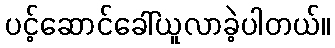
ပင့်ဆောင်ခေါ်ယူလာခဲ့ပါတယ်။